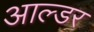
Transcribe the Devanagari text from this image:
आल्डर